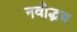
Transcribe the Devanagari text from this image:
नवोद्भव